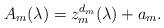
LaTeX: \begin{align*}A_m(\lambda)=z_m^{d_m}(\lambda)+ a_m.\end{align*}